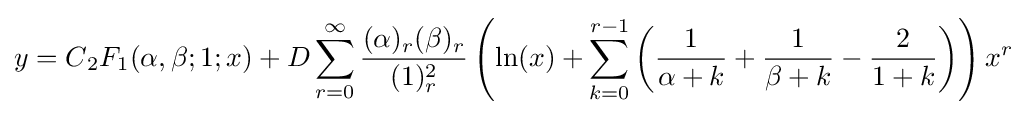
y=C{{}_{2}F_{1}}(\alpha ,\beta ;1;x)+D\sum _{r=0}^{\infty }{\frac {(\alpha )_{r}(\beta )_{r}}{(1)_{r}^{2}}}\left(\ln(x)+\sum _{k=0}^{r-1}\left({\frac {1}{\alpha +k}}+{\frac {1}{\beta +k}}-{\frac {2}{1+k}}\right)\right)x^{r}